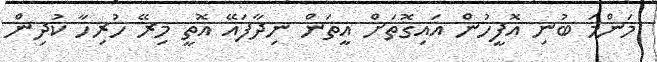
މަންމަ ބުނި އޮފީހުން އައިގޮތަށް އީތަން ނިދާފައޭ އޮތީ މިރޭ ހުރިހާ ކުދިން